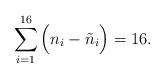
LaTeX: \begin{align*}\sum_{i=1}^{16} \Big( n_i - \tilde n_i \Big) = 16.\end{align*}